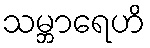
သမ္ဘာရေဟိ